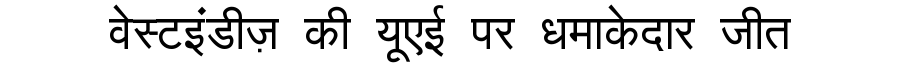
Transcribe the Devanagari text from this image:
वेस्टइंडीज़ की यूएई पर धमाकेदार जीत